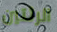
الرئتين